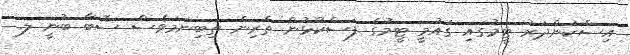
އިސްކަންދަރު ޓީމުގައި ގައުމީ ޓީމުގެ ފަސްކުޅުން ތެރިން ތިބިނަމަވެސް ސޮބާ ބުނީ ލ.